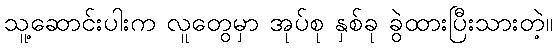
သူ့ဆောင်းပါးက လူတွေမှာ အုပ်စု နှစ်ခု ခွဲထားပြီးသားတဲ့။